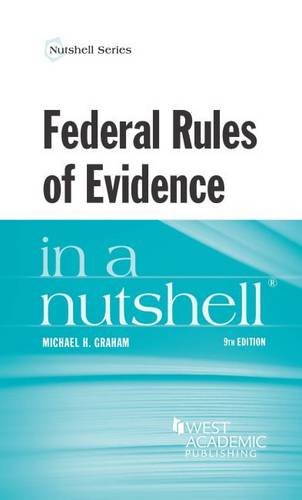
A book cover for Federal Rules of Evidence in a Nutshell; Michael Graham; Law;